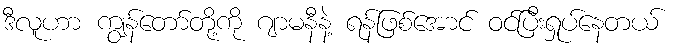
ဒီလူဟာ ကျွန်တော်တို့ကို ဂျာမနီနဲ့ ရန်ဖြစ်အောင် ဝင်ပြီးရှုပ်နေတယ်